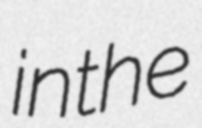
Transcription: in the